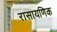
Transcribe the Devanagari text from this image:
रासायणिक